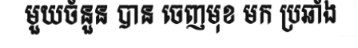
មួយចំនួន បាន ចេញមុខ មក ប្រឆាំង